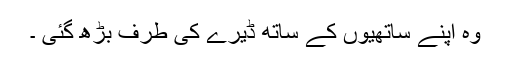
وہ اپنے ساتھیوں کے ساتھ ڈیرے کی طرف بڑھ گئی ۔